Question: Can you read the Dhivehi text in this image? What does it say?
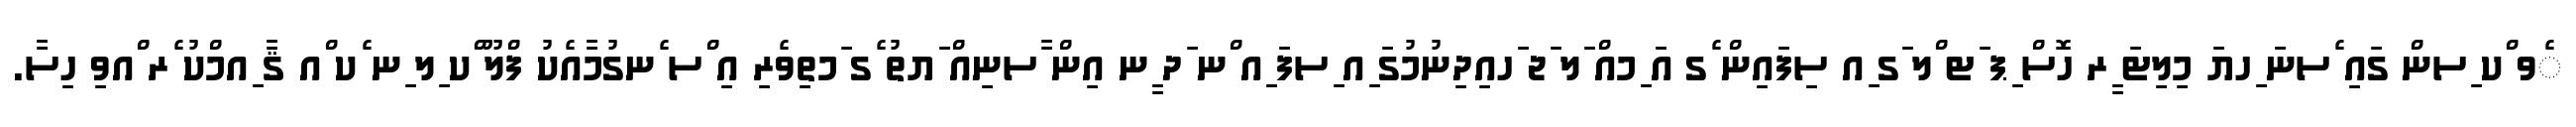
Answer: ެވ ްކ ިސން ގައި ެސނަ ިހޔަ މިލިޓަ ީރ ހޮސް ިޕ ަޓ ްލ ަގ ިއ ސިފައިން ެގ އަ ިމއް ަލ ަޖ ަހއިދިނުމުގަ ިއ ިސފަ ިއ ްނ ަދ ީނ އިން ާސނިއް ަޔތު ެގ ަމތިވެރި އި ްސ ެނގުމާއެކު ފްލޫ ްކ ިލ ިނ ެކ ްއ ޤާ ިއމްކު ެރ ްއވި ހިސާ.